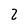
Character: 2